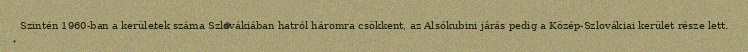
Szintén 1960-ban a kerületek száma Szlovákiában hatról háromra csökkent, az Alsókubini járás pedig a Közép-Szlovákiai kerület része lett.